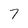
Character: 7